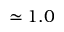
\simeq 1 . 0